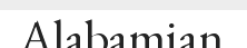
Alabamian